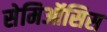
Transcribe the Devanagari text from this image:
सेमिऑसिस